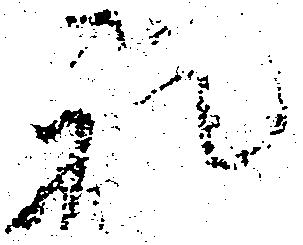
礼